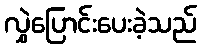
လွှဲပြောင်းပေးခဲ့သည်